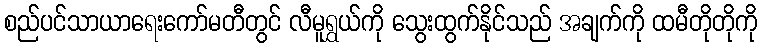
စည်ပင်သာယာရေးကော်မတီတွင် လီမူရွှယ်ကို သွေးထွက်နိုင်သည် အချက်ကို ထမီတိုတိုကို